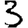
Digit: 3